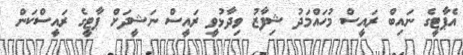
އެޕާޓީގެ ނައިބް ރައީސް މުހައްމަދު ޝިފާޒު ވިދާޅުވީ ރައީސް ނަޝީދަށް ޕާޓީގެ ރައީސްކަން